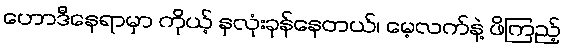
ဟောဒီနေရာမှာ ကိုယ့် နှလုံးခုန်နေတယ်၊ မေ့လက်နဲ့ ဖိကြည့်